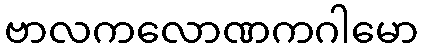
ဗာလကလောဏကဂါမော